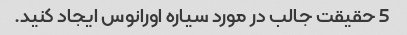
5 حقیقت جالب در مورد سیاره اورانوس ایجاد کنید.